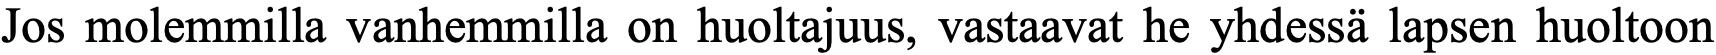
Jos molemmilla vanhemmilla on huoltajuus, vastaavat he yhdessä lapsen huoltoon